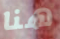
هنا